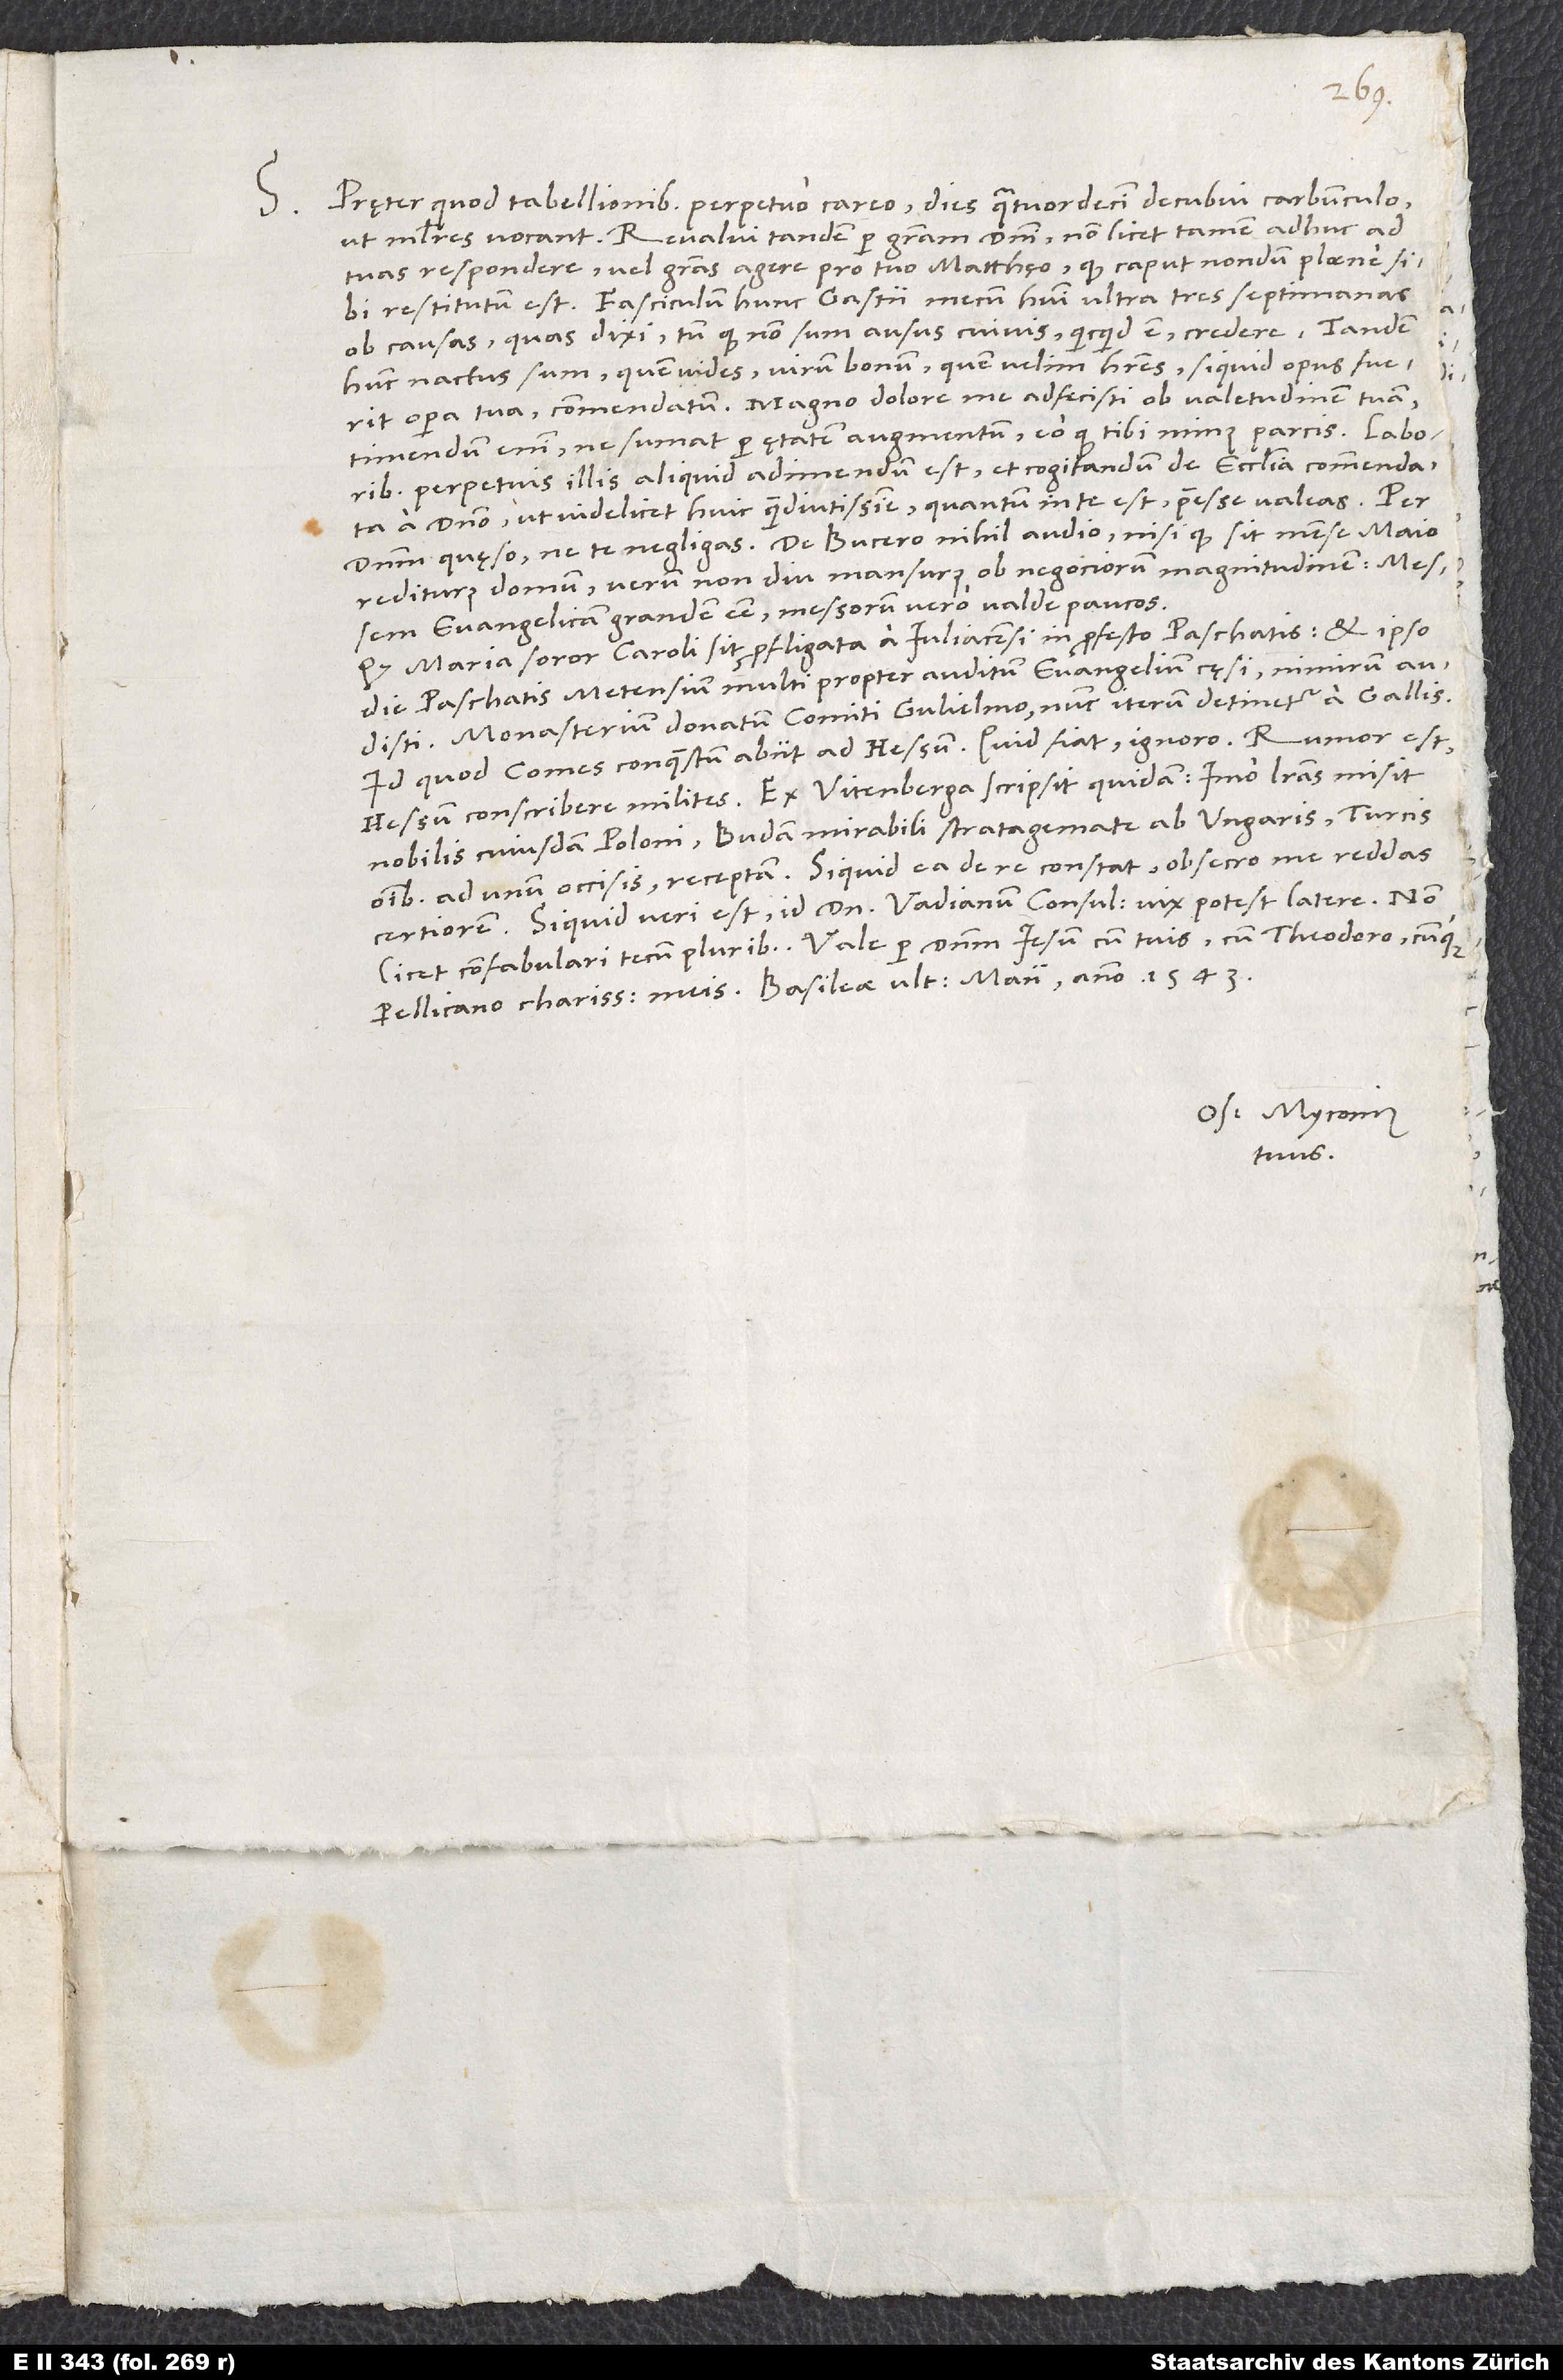
S. Pręter quod tabellionibus perpetuo careo, dies quatuordecim decubui carbunculo,
ut mulieres vocant. Revalui tandem per gratiam domini; non licet tamen adhuc ad
tuas respondere vel gratias agere pro tuo Matthęo, quod caput nondum plane sibi
restitutum est. Fasciculum hunc Gastii mecum habui ultra tres septimanas
ob causas, quas dixi, tum quod non sum ausus cuivis, quicquid est, credere. Tandem
hunc nactus sum, quem vides, virum bonum, quem velim haberes, siquid opus fuerit
timendum enim, ne sumat per ętatem augmentum, eo quod tibi minus parcis. Laboribus
perpetuis illis aliquid adimendum est et cogitandum de ecclesia commendata
a domino, ut videlicet huic quam diutissime, quantum in te est, praeesse valeas.
D.
rediturus domum, verum non diu mansurus ob negociorum magnitudinem; messem
evangelicam grandem esse, messorum vero valde paucos.
Quod Maria, soror Caroli, sit profligata a Iuliacensi in profesto paschatis et ipso
die paschatis Metensium multi propter auditum evangelium cęsi, nimirum audisti.
Monasterium donatum comiti Gulielmo nunc iterum detinetur a Gallis.
Id quod comes conquestum abiit ad Hessum. Quid fiat, ignoro. Rumor est
nobilis cuiusdam Poloni, Budam mirabili stratagemate ab Ungaris, Turcis
omnibus ad unum occisis, receptam. Siquid ea de re constat, obsecro, me reddas
certiorem. Siquid veri est, id dominum Vadianum consulem vix potest latere.
licet confabulari tecum pluribus. Vale per dominum Iesum cum tuis, cum Theodoro cumque
Os. Myconius
tuus.